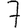
Digit: 7